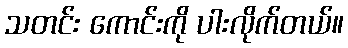
သတင်း ကောင်းကို ပါးလိုက်တယ်။